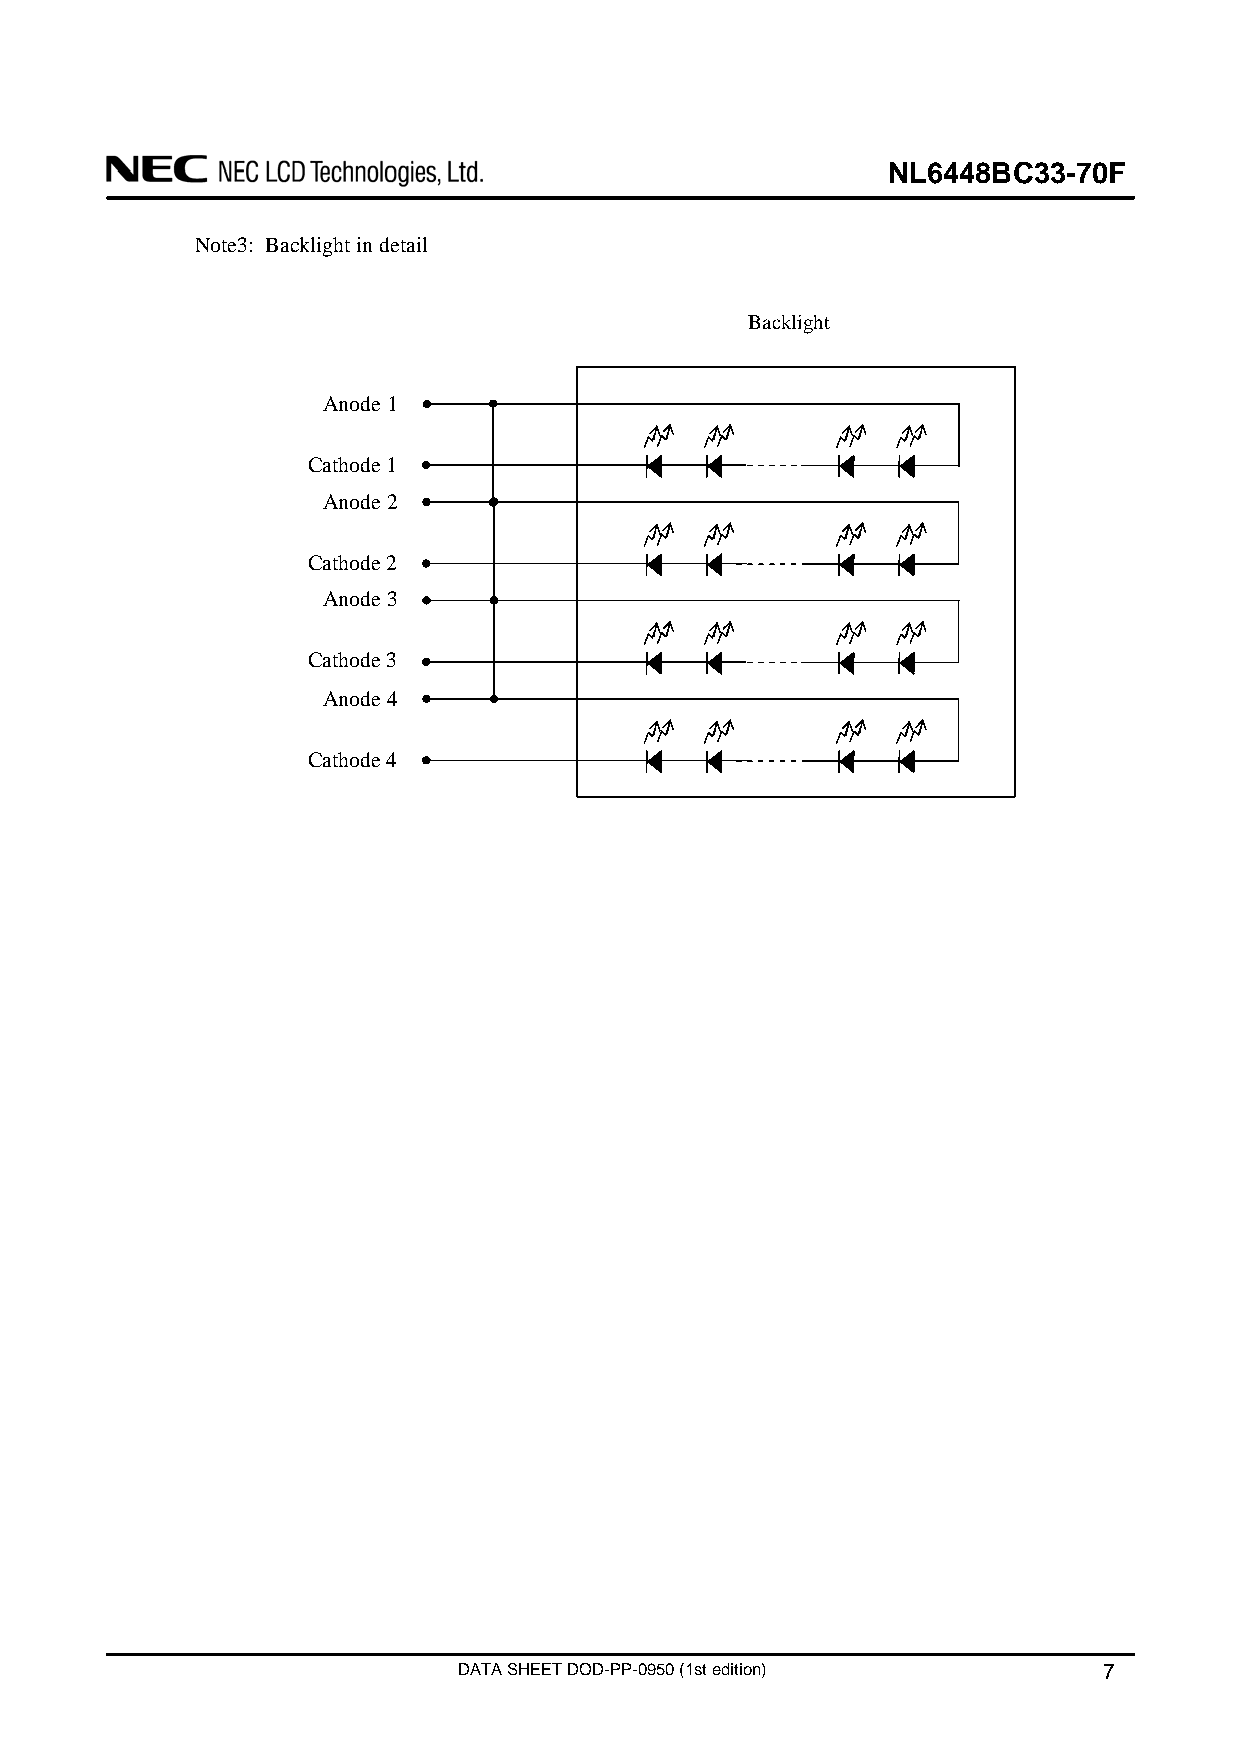
NL6448BC33-70F
 Note3: Backlight in detail
 Backlight
 Anode 1
 Cathode 1
 Anode 2
 Cathode 2
 Anode 3
 Cathode 3
 Anode 4
 Cathode 4
 DATA SHEET DOD-PP-0950 (1st edition)       7